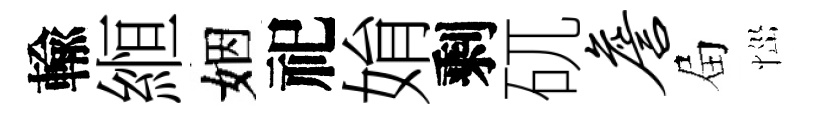
輸縆姻祀姢剩矹詹屇𢙉